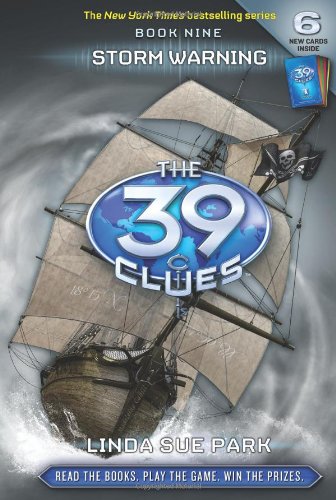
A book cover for Storm Warning (The 39 Clues, Book 9); Linda Sue Park; Sports & Outdoors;